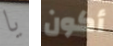
يا أكون